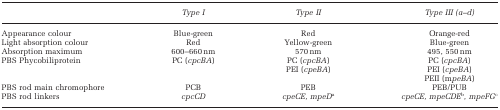
|  | Type I | Type II | Type III (a–d) |
 | --- | --- | --- | --- |
 | Appearance colour | Blue-green | Red | Orange-red |
 | Light absorption colour | Red | Yellow-green | Blue-green |
 | Absorption maximum | 600–660 nm | 570 nm | 495, 550 nm |
 | PBS Phycobiliprotein | PC (cpcBA) | PC (cpcBA)PEI (cpeBA) | PC (cpcBA)PEI (cpeBA)PEII (mpeBA) |
 | PBS rod main chromophore | PCB | PEB | PEB/PUB |
 | PBS rod linkers | cpcCD | cpeCE, mpeDa | cpeCE, mpeCDEb, mpeFGc |